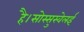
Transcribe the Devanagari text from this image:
है।सोस्सुस्वेलई